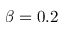
\beta = 0 . 2